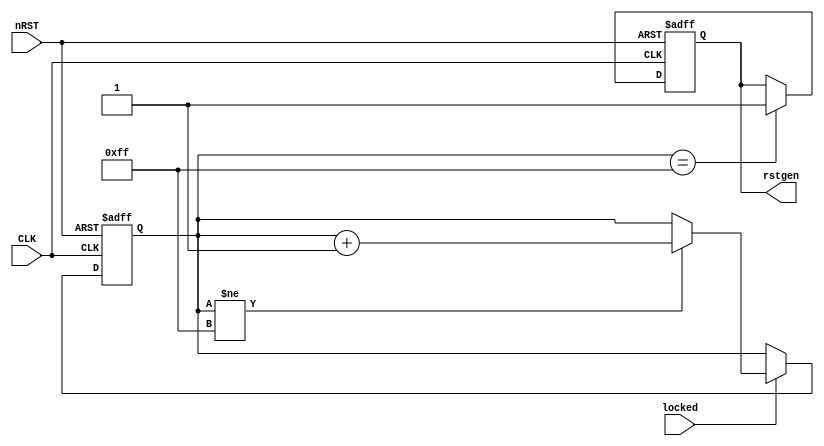

module rstgen
  (input CLK,
   input nRST,
   input  locked,

   output reg rstgen);

   reg [7:0] counter;
   
   always @(posedge CLK or negedge nRST)
     if (!nRST)
       counter <= 8'h00;
     else begin
        if (locked)
          if (counter != 8'd255)
            counter <= counter + 8'd1;
     end

   always @(posedge CLK or negedge nRST)
     if (!nRST)
       rstgen <= 1'b0;
     else if (counter == 8'd255)
       rstgen <= 1'b1;

endmodule // rstgen